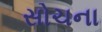
સોચના